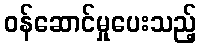
ဝန်ဆောင်မှုပေးသည့်